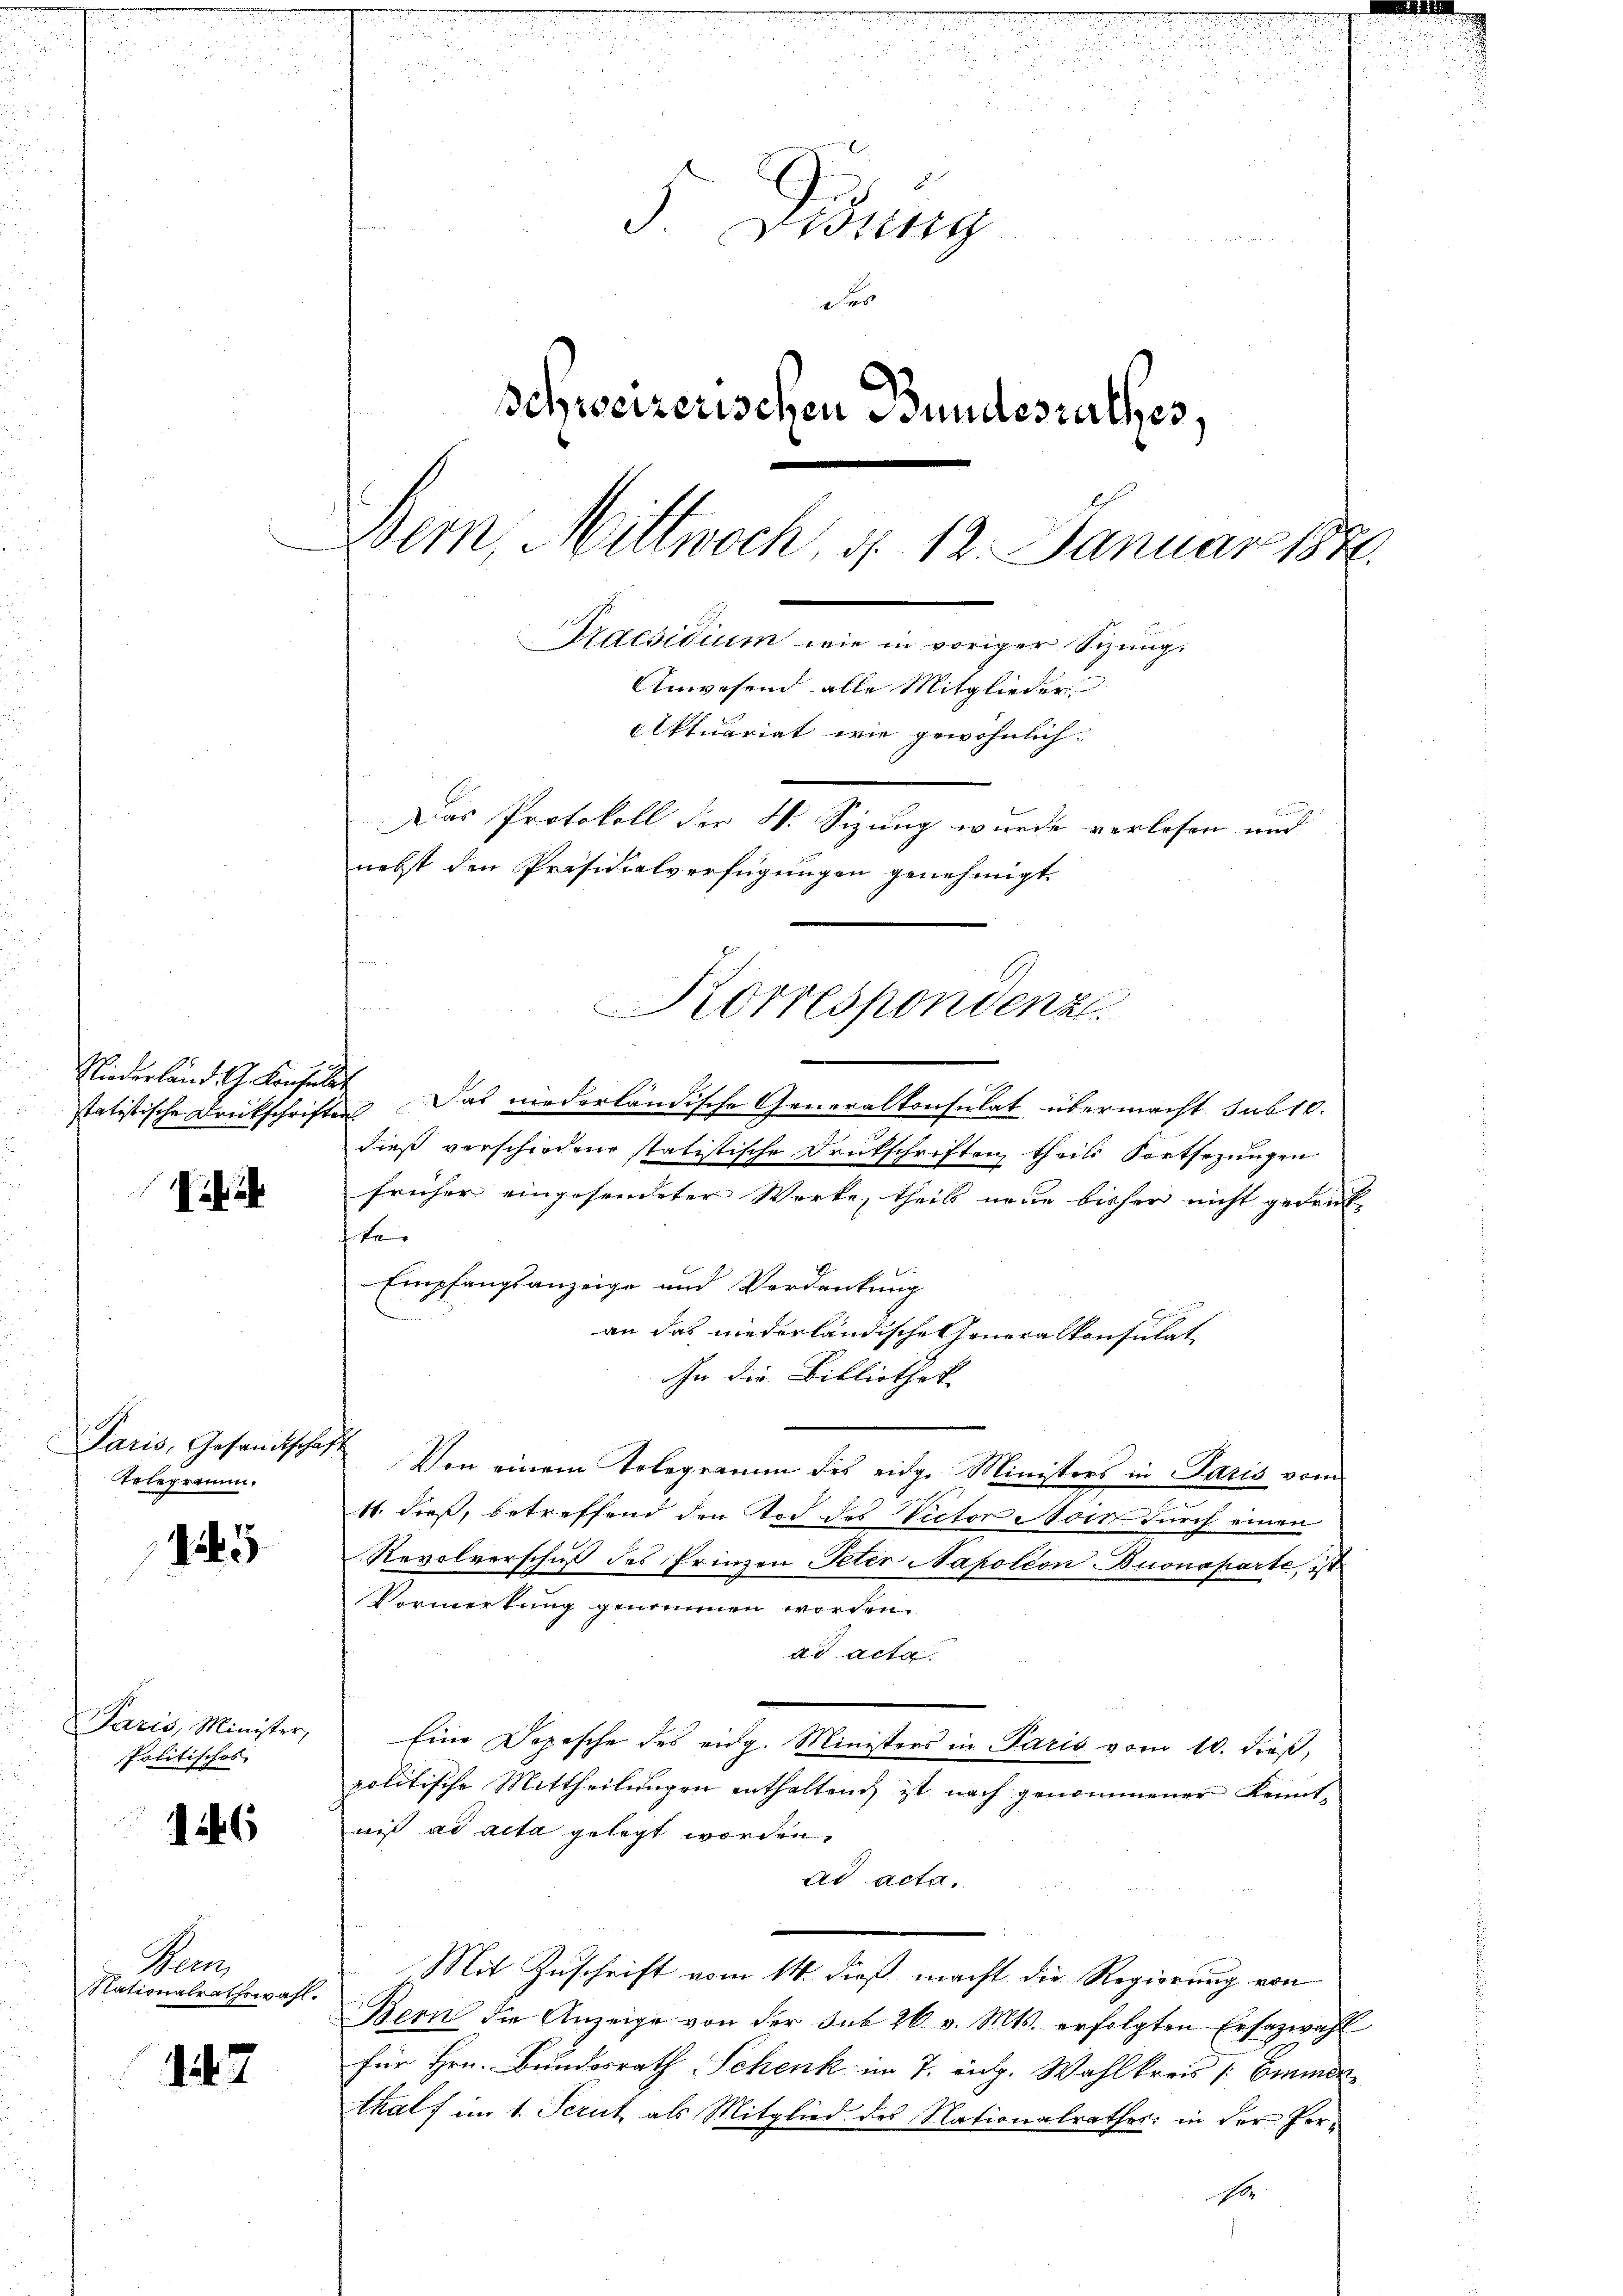
iha

25

1246

1247

.

e

m

e
n
u
n
Fennen
.

2

3
.
2
8
i
i

5. Sidung

schweizerischen Bundesrathes.
Bern, Mittwoch, d. 12. Januar 1886.
Praesidium wie in voriger Sizungs
Anwesend alle Mitglieder
ktuariat wie gewöhnlich.
Das Protokoll der W. Sizung wurde verlesen und
nebst den Präsidialverfügungen genehmigt.

Niederländ. G. Konsulat

Erlegramm.

Paris, Minister,
Politisches

statistische Drückschriften Das niederländische Generalkonsulat übermacht sub 10.
dieß verschiedene statistische Drukschriftung theils Fortsezungen
früher eingesendeter Werke, theils neue bisher nicht gedruck
te
Empfangsanzeige und Verdankung
an das niederländische Generalkonsulat
In die Bibliothek
Paris, Gesandtschaft Von einem Telegramm des eidge Ministers in Paris vom
11. dieß, betreffend den Tod des Victor Noin durch einen
Revolverschuß des Prinzen Peter Napoléon Buonaparte, i
Vormerkung genommen worden.
ad acta
Eine Depesche des eidg. Ministers in Paris vom 10. dieß,
politische Mittheilungen enthaltend, ist nach genommener Kenntniß ad acta gelegt worden.
ad acta.
e
Mit Zuschrift vom 14. dieß macht die Regierung von
Bern die Anzeige von der sub 26. v. Mts. erfolgten Ersazwahl
für Hrn. Bundesrath Schenk im 7. Aug. Wahlkreis (Emmen
thalf im 1. Ferut als Mitglied des Nationalrathes: in der Pere

Beon
Nationalrathswahl.

Korrespondenz.